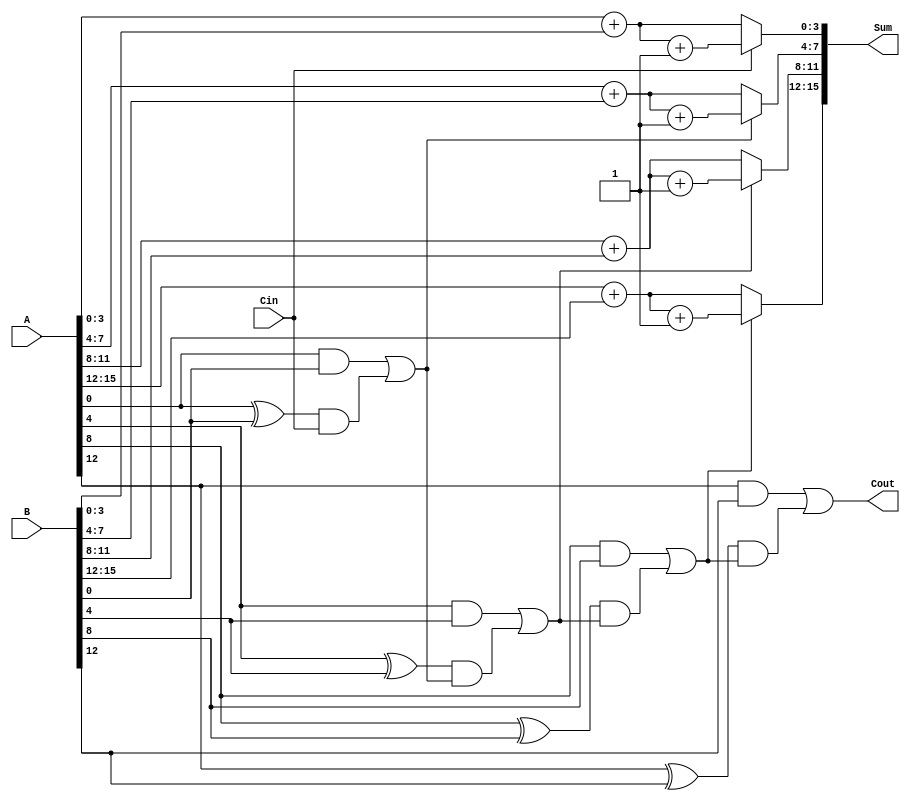
module CarrySelectAdder (
    input [15:0] A,      // First input operand (n-bit)
    input [15:0] B,      // Second input operand (n-bit)
    input Cin,           // Carry input
    output [15:0] Sum,   // Sum output
    output Cout          // Carry output
);

    // Parameters
    parameter GROUP_SIZE = 4; // Size of each group for the CSA

    // Intermediate signals
    wire [3:0] P [0:3]; // Propagate signals for each group
    wire [3:0] G [0:3]; // Generate signals for each group
    wire [4:0] C;       // Carry outputs between groups

    // Calculate P and G for each group
    genvar i, j;
    generate
        for (i = 0; i < 4; i = i + 1) begin : group
            assign P[i] = A[i*GROUP_SIZE +: GROUP_SIZE] ^ B[i*GROUP_SIZE +: GROUP_SIZE];
            assign G[i] = A[i*GROUP_SIZE +: GROUP_SIZE] & B[i*GROUP_SIZE +: GROUP_SIZE];
        end
    endgenerate

    // Calculate carry-outs using Carry Lookahead logic
    assign C[0] = Cin; // Carry-in
    for (i = 1; i <= 4; i = i + 1) begin: carry_out_logic
        assign C[i] = G[i-1] | (P[i-1] & C[i-1]);
    end

    // Calculate partial sums for each group
    wire [GROUP_SIZE-1:0] S0 [0:3]; // Partial sums assuming Cin = 0
    wire [GROUP_SIZE-1:0] S1 [0:3]; // Partial sums assuming Cin = 1

    generate
        for (i = 0; i < 4; i = i + 1) begin : partial_sums
            assign S0[i] = A[i*GROUP_SIZE +: GROUP_SIZE] + B[i*GROUP_SIZE +: GROUP_SIZE];
            assign S1[i] = S0[i] + 1; // Incrementing S0 to get S1
        end
    endgenerate

    // Final sum and carry out selection
    generate
        for (i = 0; i < 4; i = i + 1) begin : final_sum
            assign Sum[i*GROUP_SIZE +: GROUP_SIZE] = (C[i] ? S1[i] : S0[i]);
        end
    endgenerate

    assign Cout = C[4]; // Final carry-out from the last group

endmodule